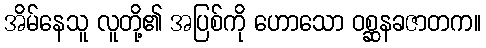
အိမ်နေသူ လူတို့၏ အပြစ်ကို ဟောသော ဝစ္ဆနခဇာတက။